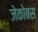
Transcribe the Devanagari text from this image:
जेकोबस